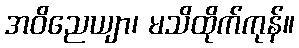
အဝိညေယျာ၊ မသိထိုက်ကုန်။